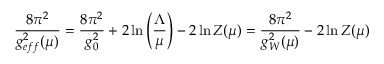
\frac { 8 \pi ^ { 2 } } { g _ { e f f } ^ { 2 } ( \mu ) } = \frac { 8 \pi ^ { 2 } } { g _ { 0 } ^ { 2 } } + 2 \ln \left( \frac { \Lambda } { \mu } \right) - 2 \ln Z ( \mu ) = \frac { 8 \pi ^ { 2 } } { g _ { W } ^ { 2 } ( \mu ) } - 2 \ln Z ( \mu )